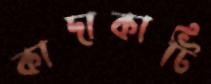
কাদাকাটি